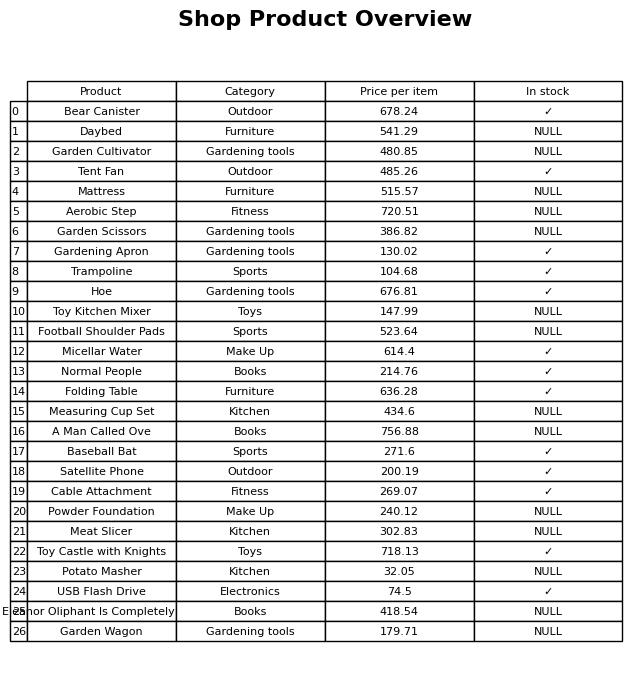
question: What is the stock status of the Football Shoulder Pads?
answer: NULL